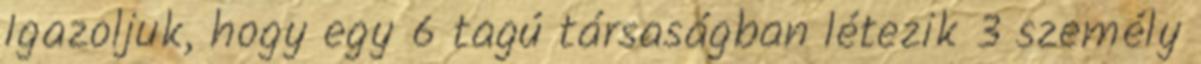
Igazoljuk, hogy egy 6 tagú társaságban létezik 3 személy